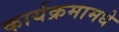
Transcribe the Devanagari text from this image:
कार्यक्रमामधे